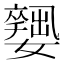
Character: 𡣼